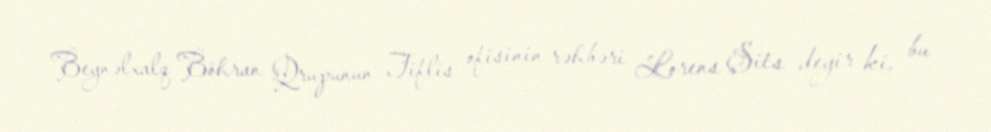
Beynəlxalq Böhran Qrupunun Tiflis ofisinin rəhbəri Lorens Şits deyir ki, bu